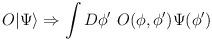
LaTeX: \begin{align*}O | \Psi \rangle \Rightarrow \int D\phi^\prime~ O(\phi,\phi^\prime) \Psi(\phi^\prime)\end{align*}